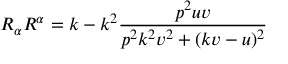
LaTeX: R _ { \alpha } R ^ { \alpha } = k - k ^ { 2 } \frac { p ^ { 2 } u v } { p ^ { 2 } k ^ { 2 } v ^ { 2 } + ( k v - u ) ^ { 2 } }